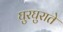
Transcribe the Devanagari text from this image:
घुरघुराते